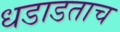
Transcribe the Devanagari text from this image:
धडाडताच